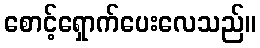
စောင့်ရှောက်ပေးလေသည်။